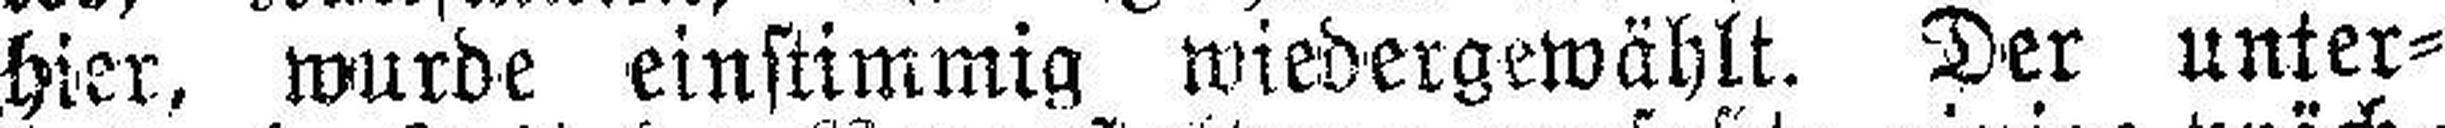
hier, wurde einstimmig wiedergewählt. Der unter¬